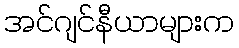
အင်ဂျင်နီယာများက